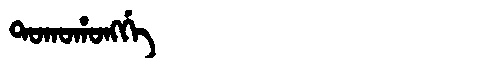
Manchu: ᡨᠣᡴᠣᡥᠣᠩᡤᡝ
Romanization: TOKOHONGGE